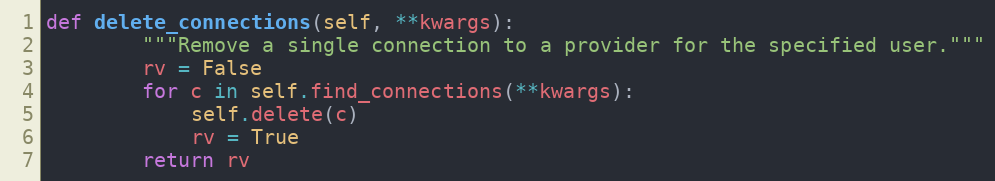
Language: Python
def delete_connections(self, **kwargs):
        """Remove a single connection to a provider for the specified user."""
        rv = False
        for c in self.find_connections(**kwargs):
            self.delete(c)
            rv = True
        return rv